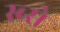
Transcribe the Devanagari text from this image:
स्ब्से